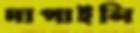
দাপাইলি